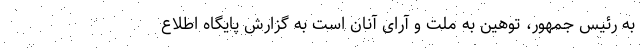
به رئیس جمهور، توهین به ملت و آرای آنان است به گزارش پایگاه اطلاع